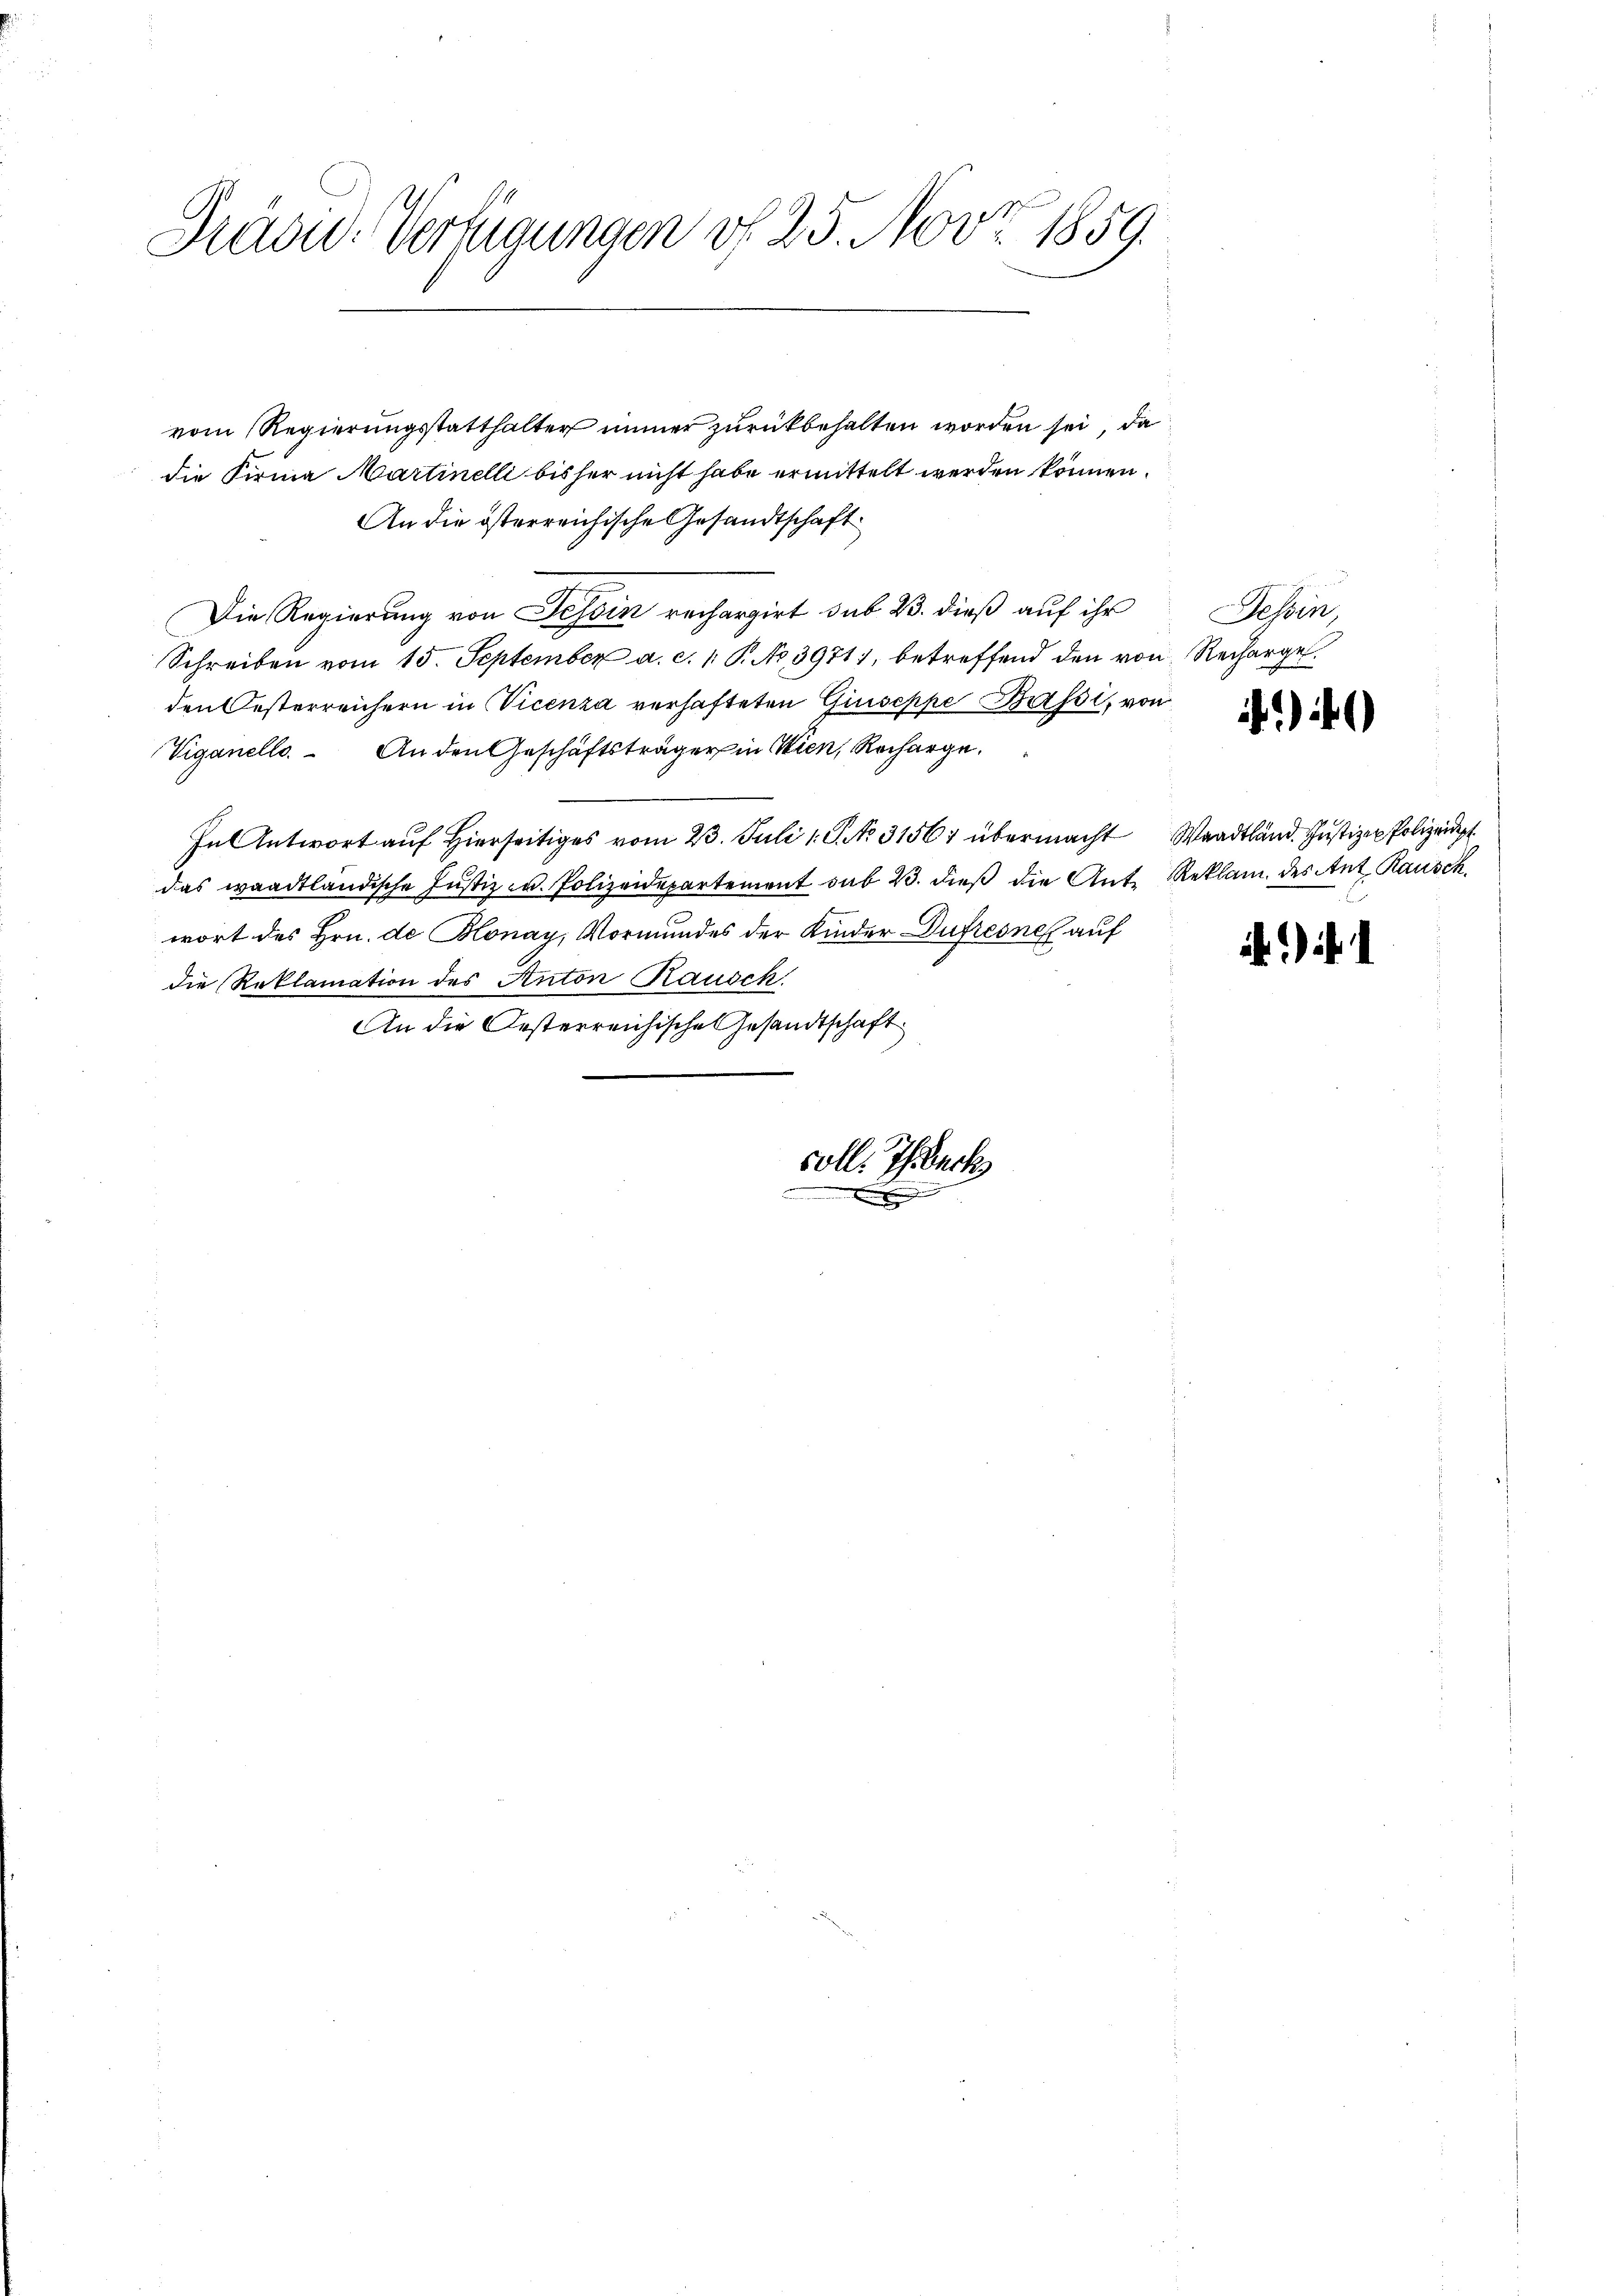
3
Präsid. Verfügungen v. 25. Nov. 1859.
1

vom Regierungsstatthalter immer zurückbehalten worden sei, da
die Firma Martinelli bisher nicht habe ermittelt werden können.
An die österreichische Gesandtschaft
Die Regierung von Tessin rechargirt sub 23. dieß auf ihr
Schreiben vom 15. September a. c. 1. P. No. 3971, betreffend den von Rechargel
den Oesterreichern in Vicenza verhafteten Giuseppe Brisi, von
Viganello. An den Geschäftsträger in Wien, Recharge.
In Antwort aŭf hierseitiges vom 23. Juli 1 S. 31567 übermacht Waadtländ. Justiz- Polizeidigt.
das waadtländische Justiz u. Polizeidepartement sub 23. dieß die Ant. Reklam. des Ant. Rausch.
wort des Hrn. de Blonay, Vormundes der Kinder Dufresne auf
die Reklamation des Anton Rausch.
An die Oesterreichische Gesandtschaft

soll. Ihrbeck

Tessin,

)

. . .